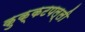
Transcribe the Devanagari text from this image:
कुक्कटपल्ली